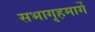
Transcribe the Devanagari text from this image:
सभागृहमार्गे